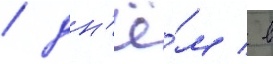
/ дн'ё́м / в